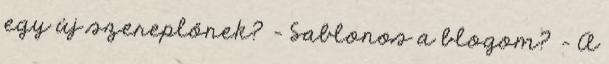
egy új szereplőnek? - Sablonos a blogom? - A